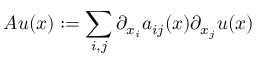
A u ( x ) : = \sum _ { i , j } \partial _ { x _ { i } } a _ { i j } ( x ) \partial _ { x _ { j } } u ( x )